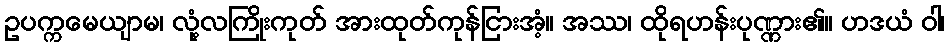
ဥပက္ကမေယျာမ၊ လုံ့လကြိုးကုတ် အားထုတ်ကုန်ငြားအံ့။ အဿ၊ ထိုရဟန်းပုဏ္ဏား၏။ ဟဒယံ ဝါ၊